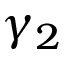
\gamma _ { 2 }